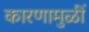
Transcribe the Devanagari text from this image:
कारणामुळीं